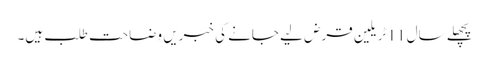
پچھلے سال 11 ٹریلین قرض لیے جانے کی خبریں وضاحت طلب ہیں۔